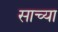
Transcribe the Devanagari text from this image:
साच्या